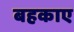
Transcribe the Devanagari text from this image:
बहकाए